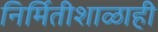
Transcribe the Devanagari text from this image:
निर्मितीशाळाही